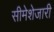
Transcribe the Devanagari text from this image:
सीमेशेजारी